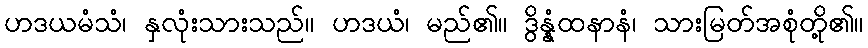
ဟဒယမံသံ၊ နှလုံးသားသည်။ ဟဒယံ၊ မည်၏။ ဒွိန္နံထနာနံ၊ သားမြတ်အစုံတို့၏။